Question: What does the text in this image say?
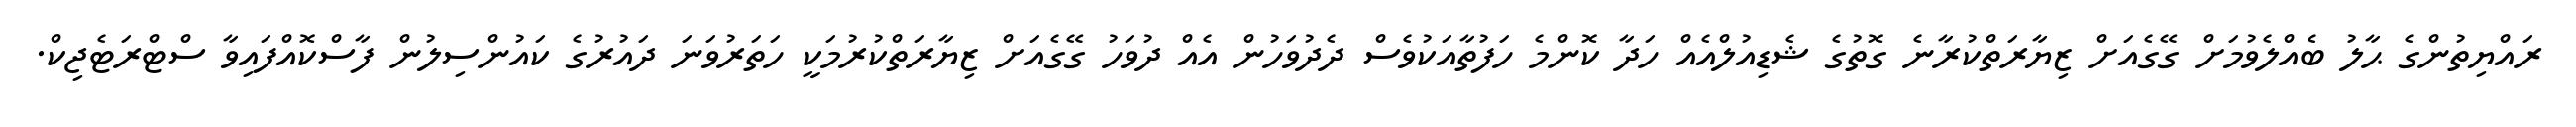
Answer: ރައްޔިތުންގެ ޙާލު ބެއްލެވުމަށް ގޭގެއަށް ޒިޔާރަތްކުރާނެ ގޮތުގެ ޝެޑިއުލްއެއް ހަދާ ކޮންމެ ހަފުތާއަކުވެސް ދެދުވަހުން އެއް ދުވަހު ގޭގެއަށް ޒިޔާރަތްކުރުމަކީ ހަތަރުވަނަ ދައުރުގެ ކައުންސިލުން ފާސްކޮއްފައިވާ ސްޓްރަޓެޖިކް.